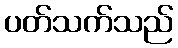
ပတ်သက်သည်